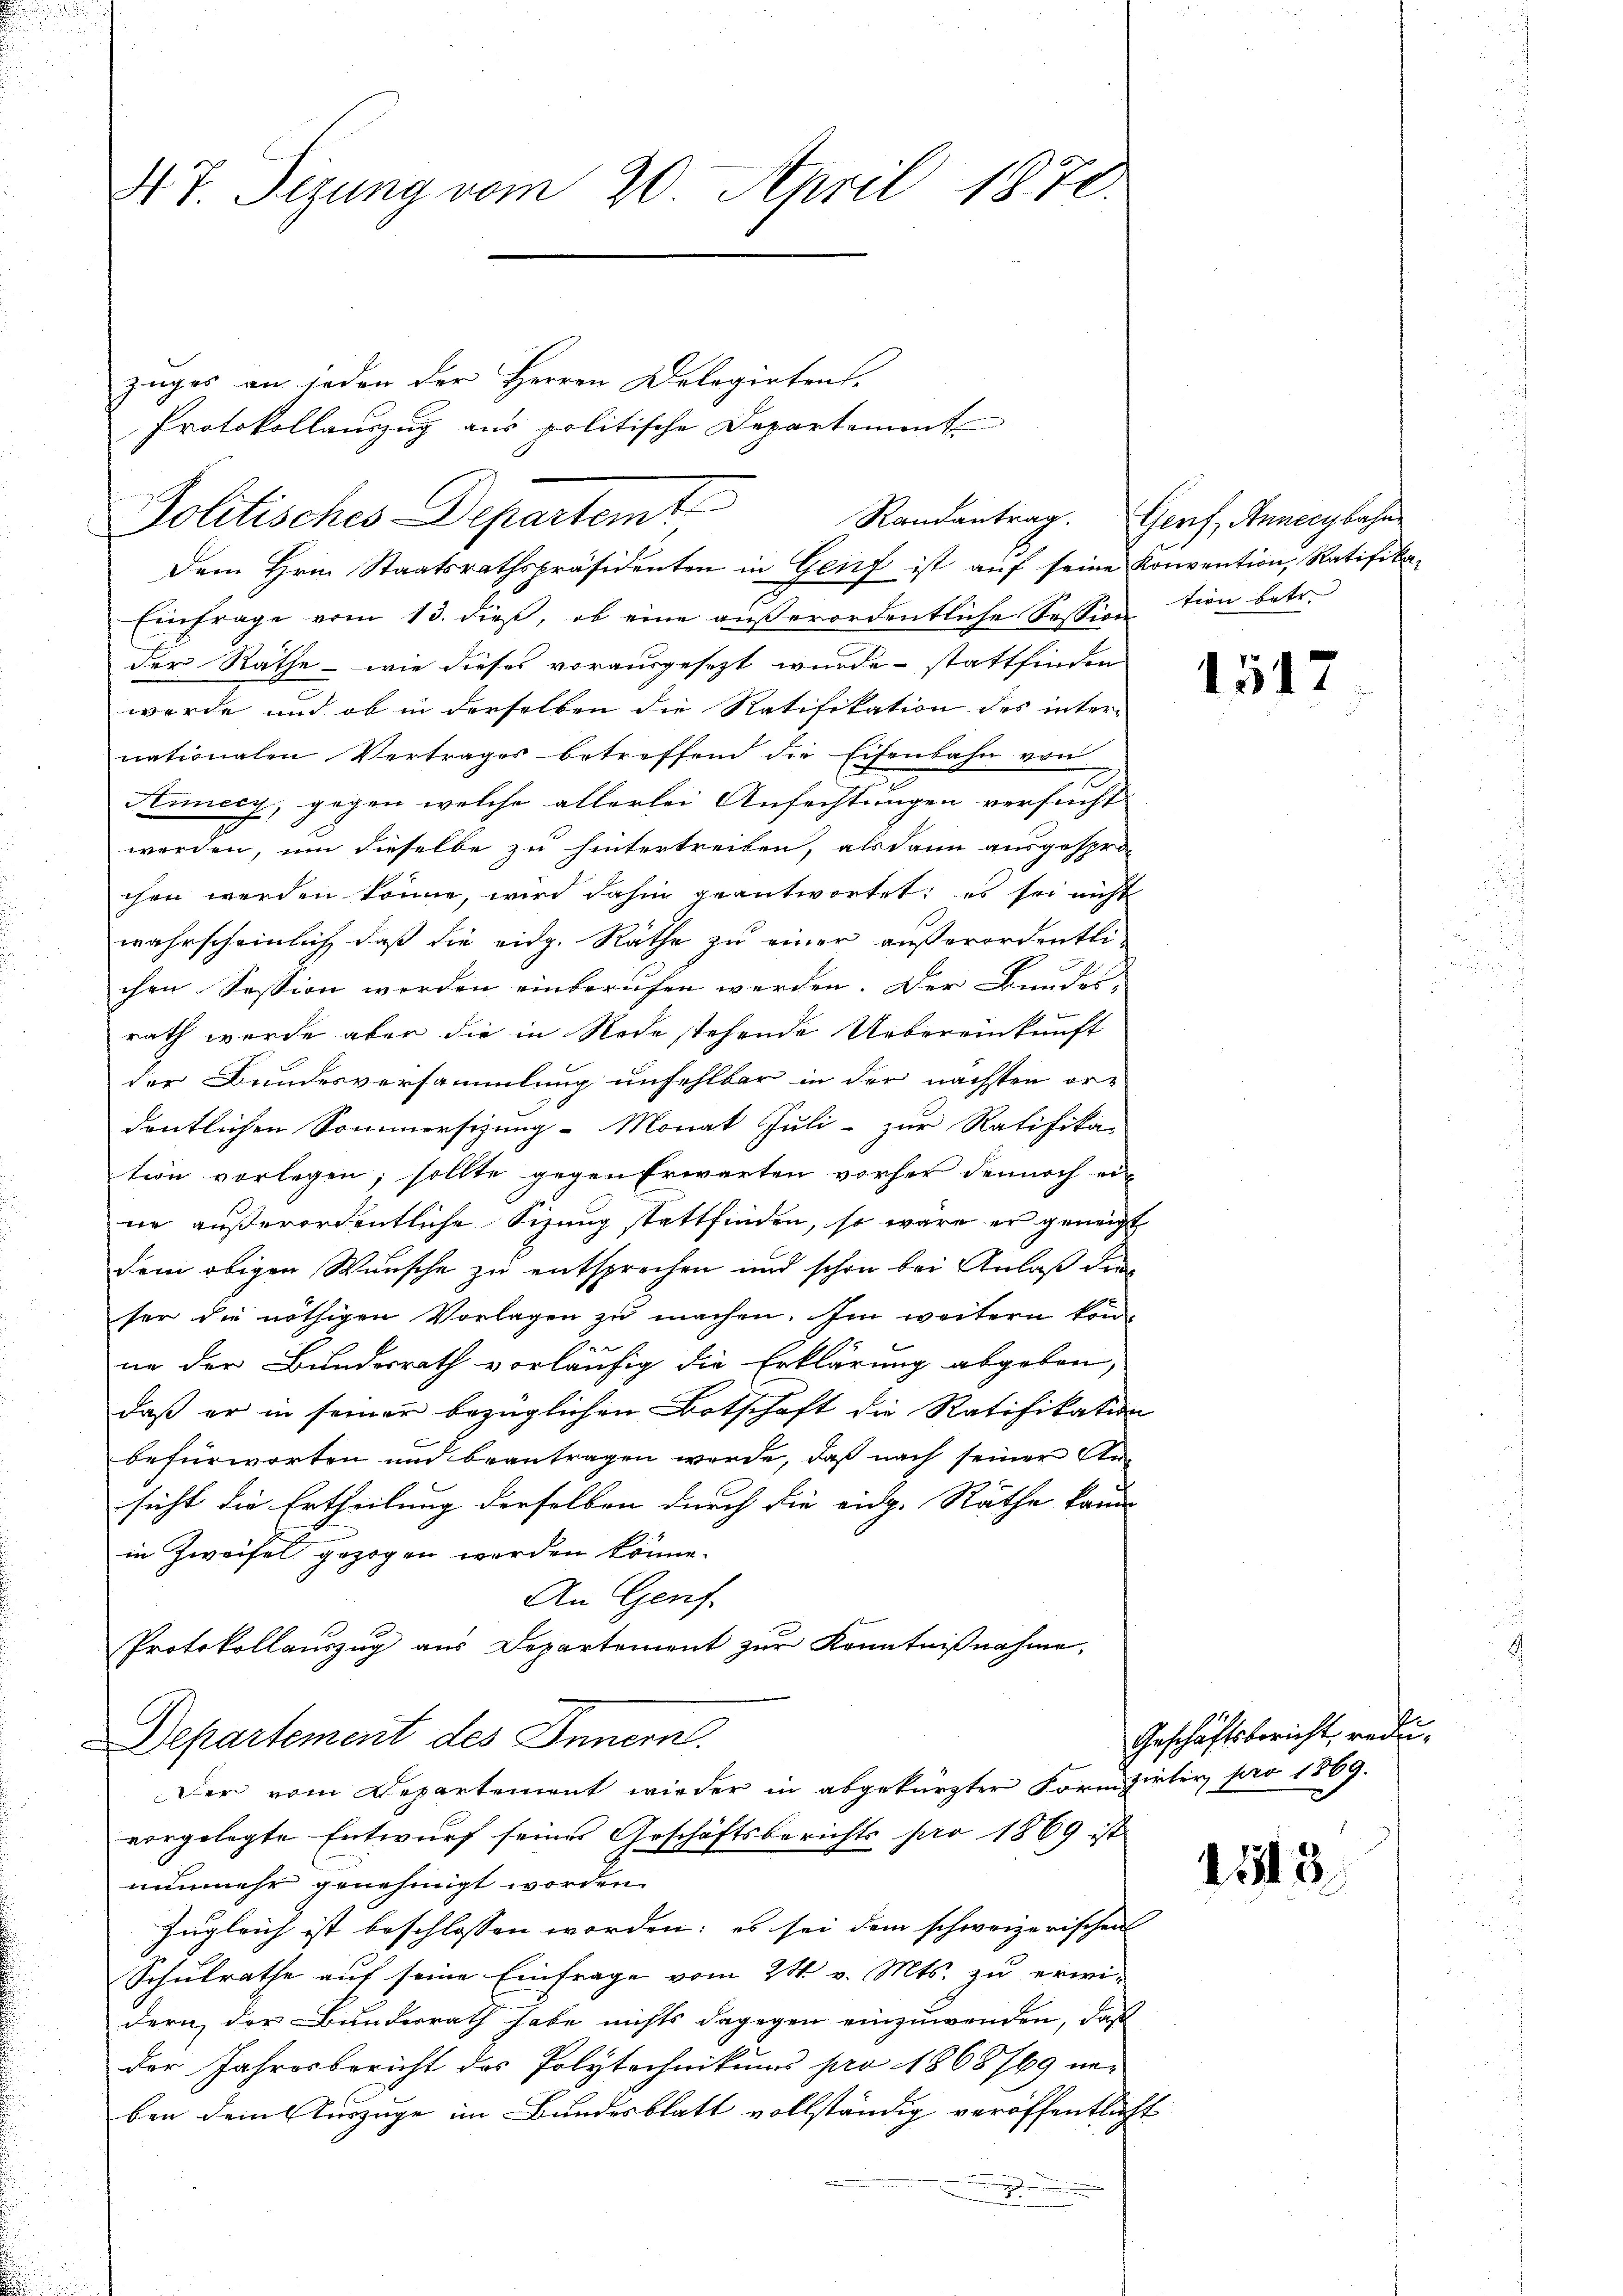
47. Sizung vom 20. April 1870.

Einfrage vom 13. dieß, ob eine außerordentliche Session tien betr.
der Rathe - wie dieses vorausgesezt wurde stattfinden
werde und ob in derselben die Ratifikation des inter-
nationalen Vertrages betreffend die Eisenbahn von
Hiecy, gegen welche allerlei Anfechtungen versucht
werden, um dieselbe zu hintertreiben, alsdann ausgespro
chen werden könne, wird dahin geantwortet; es sei nicht
wahrscheinlich daß die eidg. Räthe zu einer außerordentli
chen Session werden einberufen werden. Der Bundes-
rath wurde aber die in Rede stehende Uebereinkunft
der Bundesversammlung unfehlbar in der nächsten ordeutlichen Sommersizung - Monat Juli- zur Ratifika-
tion vorlegen, sollte gegen Erwarten vorher dennoch ei-
ne außerordentliche Sizung stattfinden, so wäre er geneigt,
dem obigen Wunsche zu entsprechen und schon bei Anlaß die
ser die nöthigen Vorlagen zu machen. Im weitern kon¬
J.
ne der Bundesrath vorläufig die Erklärung abgeben,
daß er in seiner bezüglichen Botschaft die Ratifikation
befürworten und beantragen werde, daß nach seiner An-
sicht die Ertheilung derselben durch die eidg. Räthe kann
in Zweifel gezogen werden könne.
An Genf.
Protokollauszug aus Departement zur Kenntnißnahme,
Departement des Innern.
Der vom Departement wieder in abgekürzter Formzirter pro 1869.
vorgelegte Entwurf seines Geschäftsberichts pro 1869 ist
nunmehr genehmigt worden.
Zugleich ist beschlossen worden; es sei dem schweizerischen
Schulrathe auf seine Einfrage vom 24. v. Mts. zu erwi-
dern, der Bundesrath habe nichts dagegen einzuwenden, daß
der Jahresbericht des Polytechnikums pro 1868769 neben dem Auszüge im Bundesblatt vollständig veröffentlich
.

Politisches Departemt

zuges an jeden der Herren Delegirten-
Protokollauszug aus politische Departement
Dem Hrn. Staatsrathspräsidenten in Genf ist aŭf seine Konvention, Ratifika-

Randantrag. Genf, Annecybahn

2

1517

Geschäftsbericht redu¬

1115